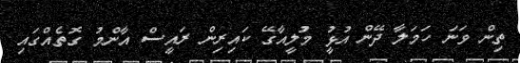
ތިން ވަނަ ހަމަލާ ދޭން އުޅުީ މުލީއާގޭ ކައިރިން ރައީސް އާންމު ގޮތެއްގައި